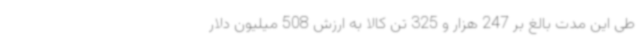
طی این مدت بالغ بر 247 هزار و 325 تن کالا به ارزش 508 میلیون دلار